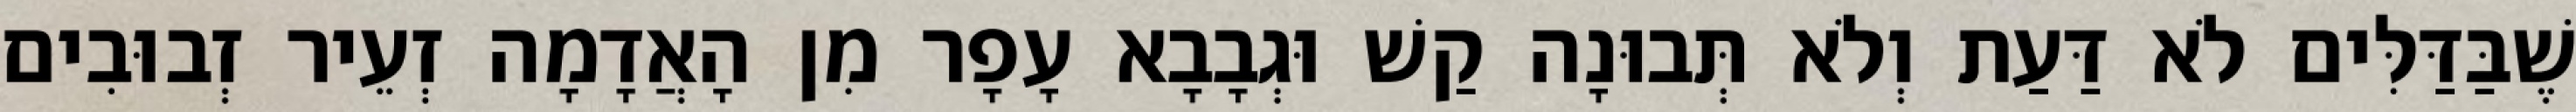
שֶׁבַּדַּלִּים לֹא דַּעַת וְלֹא תְּבוּנָה קַשׁ וּגְבָבָא עָפָר מִן הָאֲדָמָה זְעֵיר זְבוּבִים